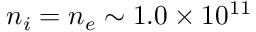
n _ { i } = n _ { e } \sim 1 . 0 \times 1 0 ^ { 1 1 }